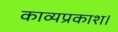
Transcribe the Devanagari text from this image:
काव्यप्रकाश।